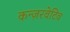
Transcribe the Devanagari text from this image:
कन्ज़रवेटिव